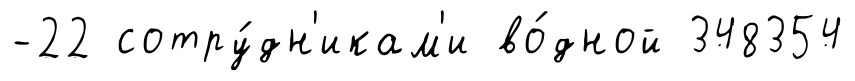
-22 сотру́дн'икам'и во́дной 348354